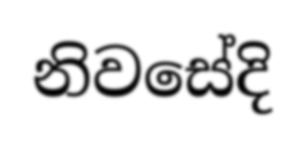
නිවසේදි